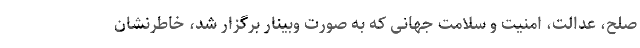
صلح، عدالت، امنیت و سلامت جهانی که به صورت وبینار برگزار شد، خاطرنشان